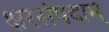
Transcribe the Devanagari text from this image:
क्षरसंपदाम्